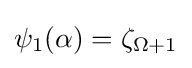
\psi _{1}(\alpha )=\zeta _{\Omega +1}